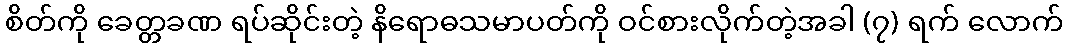
စိတ်ကို ခေတ္တခဏ ရပ်ဆိုင်းတဲ့ နိရောဓသမာပတ်ကို ဝင်စားလိုက်တဲ့အခါ (၇) ရက် လောက်